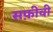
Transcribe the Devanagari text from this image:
सफ़ीवी